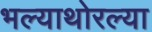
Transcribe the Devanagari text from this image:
भल्याथोरल्या